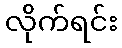
လိုက်ရင်း